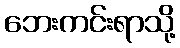
ဘေးကင်းရာသို့